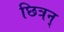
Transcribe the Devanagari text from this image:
छित्रन्